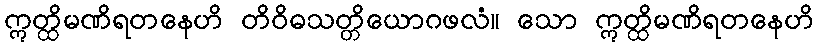
ဣတ္ထိမဏိရတနေဟိ တိဝိဓသတ္တိယောဂဖလံ။ သော ဣတ္ထိမဏိရတနေဟိ